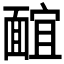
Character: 𩈭